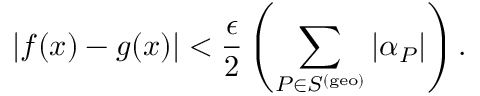
| f ( x ) - g ( x ) | < \frac { \epsilon } { 2 } \left( \sum _ { P \in S ^ { \mathrm { ( g e o ) } } } | \alpha _ { P } | \right) .